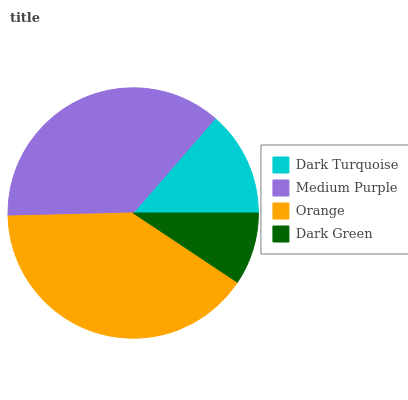
| Dark Turquoise | Medium Purple | Orange | Dark Green |
 | --- | --- | --- | --- |
 | 13.6% | 36.8% | 40.3% | 9.34% |